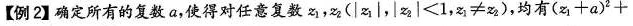
【例2】确定所有的复数a，使得对任意复数z_{1}，z_{2}(|z_{1}|，|z_{2}| ＜ 1，fz_{1}≠z_{2})，均有$$( z_{1} + a )^{2} +